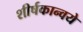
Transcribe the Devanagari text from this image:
शीर्षकान्वये